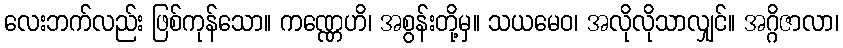
လေးဘက်လည်း ဖြစ်ကုန်သော။ ကဏ္ဏေဟိ၊ အစွန်းတို့မှ။ သယမေဝ၊ အလိုလိုသာလျှင်။ အဂ္ဂိဇာလာ၊